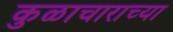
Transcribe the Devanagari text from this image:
कुळाचाराच्या